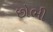
છોભી